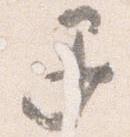
退